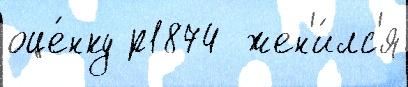
оце́нку р1874  жен'и́лс'я